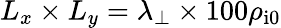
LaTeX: L_{x}\times L_{y}=\lambda_{\perp}\times 100\rho_{\mathrm{i0}}